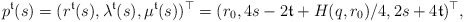
\begin{align*}p^\mathfrak{t}(s) = (r^\mathfrak{t}(s), \lambda^\mathfrak{t}(s), \mu^\mathfrak{t}(s))^\top = (r_0, 4s-2\mathfrak{t}+H(q,r_0)/4, 2s+4\mathfrak{t})^\top,\end{align*}